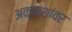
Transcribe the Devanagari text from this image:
अक्षांशांवर